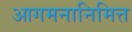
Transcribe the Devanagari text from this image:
आगमनानिमित्त